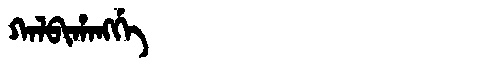
Manchu: ᡴᠠᠯᠪᡳᡥᠠᠩᡤᡝ
Romanization: KALBIHANGGE